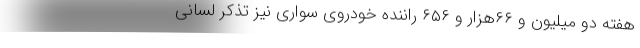
هفته دو میلیون و ۶۶هزار و ۶۵۶ راننده خودروی سواری نیز تذکر لسانی